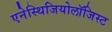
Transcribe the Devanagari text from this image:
एनेस्थिजियोलॉजिस्ट